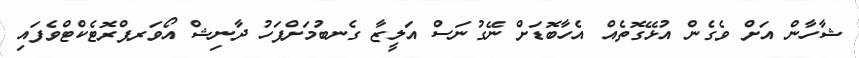
ޝާހާން އަށް ވެގެން އުޅޭގޮތެއް އެހާބޮޑަށް ނޭގުނަސް އަލީޒާ ގެނބުމަށްފަހު ދާނިޝް އޯވަރޕްރޮޓެކްޓްވެފައި